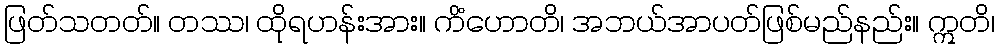
ဖြတ်သတတ်။ တဿ၊ ထိုရဟန်းအား။ ကိံဟောတိ၊ အဘယ်အာပတ်ဖြစ်မည်နည်း။ ဣတိ၊